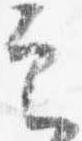
定